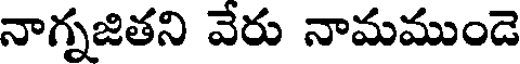
నాగ్నజితని వేరు నామముండె